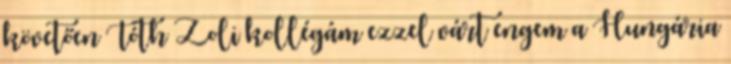
követően Tóth Zoli kollégám ezzel várt engem a Hungária